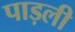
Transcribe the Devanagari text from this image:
पाड़ली